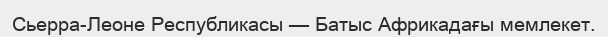
Сьерра-Леоне Республикасы — Батыс Африкадағы мемлекет.